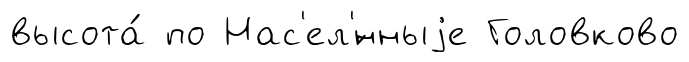
высота́ по Нас'ел'́нныjе Головково